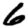
Digit: 6